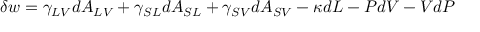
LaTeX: \delta w = \gamma _ { L V } d A _ { L V } + \gamma _ { S L } d A _ { S L } + \gamma _ { S V } d A _ { S V } - \kappa d L - P d V - V d P